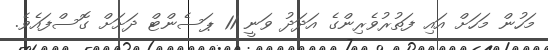
މަހުން މަހަށް އައި ފަތުރުވެރިންގެ އަދަދު ވަނީ 11 ޕަސެންޓް ދަށަށް ގޮސްފައެވެ.